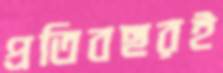
প্রতিবছরই